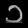
Digit: ၁